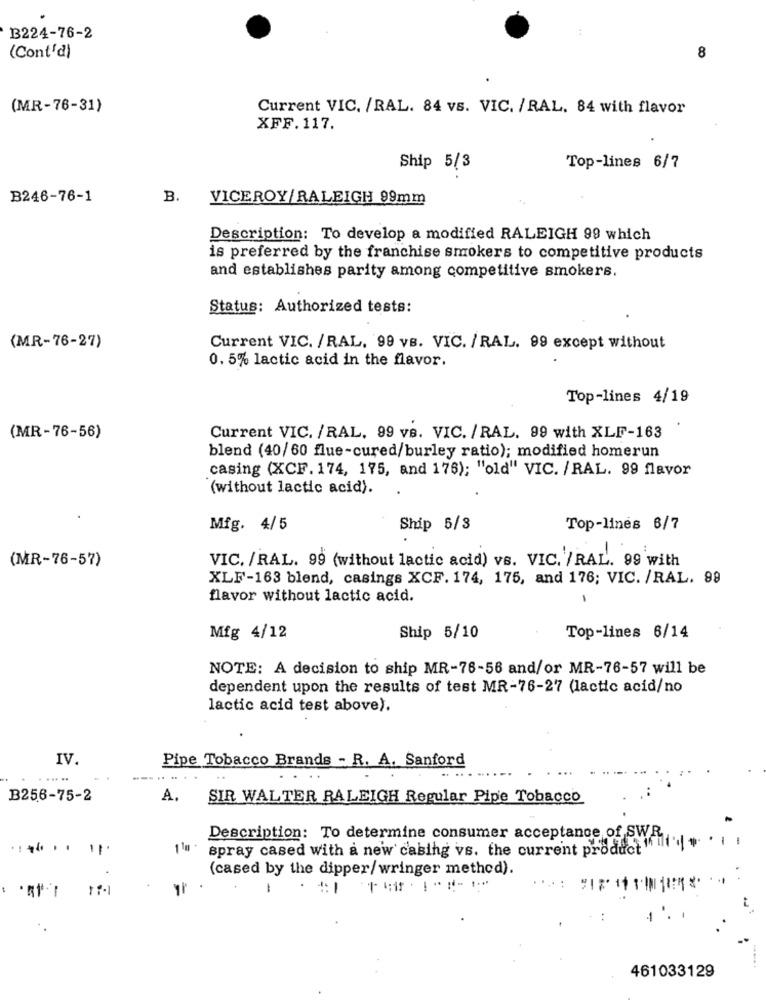
B224-76-2
(Cont'd)
8
(MR-76-31)
Current VIC. /RAL. 84 vs. VIC. / RAL. 84 with flavor
XFF.117.
Ship 5/3
Top-lines 6/7
B246-76-1
B.
VICEROY/RALEIGH 99mm
Description: To develop a modified RALEIGH 99 which
is preferred by the franchise smokers to competitive products
and establishes parity among competitive smokers.
Status: Authorized tests:
(MR-76-27)
Current VIC. /RAL. 99 vs. VIC. / RAL. 99 except without
0. 5% lactic acid in the flavor.
Top-lines 4/19
(MR-76-56)
Current VIC. / RAL, 99 vs. VIC. / RAL. 99 with XLF-163
blend (40/60 flue-cured/burley ratio); modified homerun
casing (XCF. 174, 175, and 176); "old" VIC. /RAL. 99 flavor
(without lactic acid).
.
Mfg. 4/ 5
Ship 5/3
Top-lines 6/7
VIC. /RAL. 99 (without lactic acid) vs. VIC. /RAL. 99 with
(MR-76-57)
XLF-163 blend, casings XCF. 174, 175, and 176; VIC. /RAL. 99
flavor without lactic acid.
-
Mfg 4/12
Ship 5/10
Top-lines 6/14
NOTE: A decision to ship MR-76-56 and/or MR-76-57 will be
dependent upon the results of test MR-76-27 (lactic acid/no
lactic acid test above).
IV.
Pipe Tobacco Brands - R. A. Sanford
.....
B256-75-2
A.
SIR WALTER RALEIGH Regular Pipe Tobacco
Description: To determine consumer acceptance of SWR
..........
1 10
spray cased with a new casing vs. the current product " ' '
(cased by the dipper/wringer method).
1.
461033129